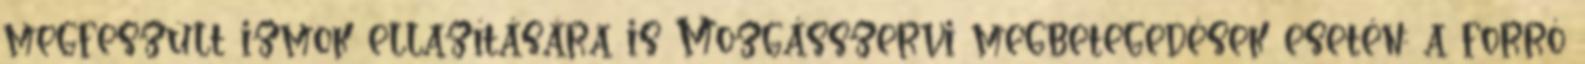
megfeszült izmok ellazítására is Mozgásszervi megbetegedések esetén: a forró